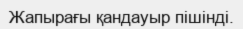
Жапырағы қандауыр пішінді.